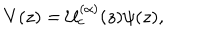
LaTeX: V ( z ) = \mathcal { U } _ { c } ^ { ( \alpha ) } ( z ) \psi ( z ) ,